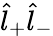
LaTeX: \hat{l}_{+}\hat{l}_{-}